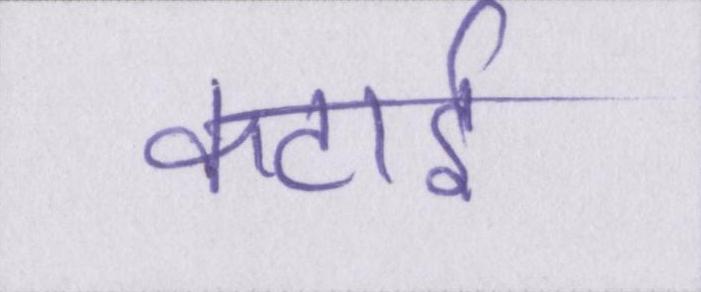
कटाई